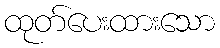
ထုတ်ပေးထားသော